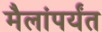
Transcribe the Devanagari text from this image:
मैलांपर्यंत